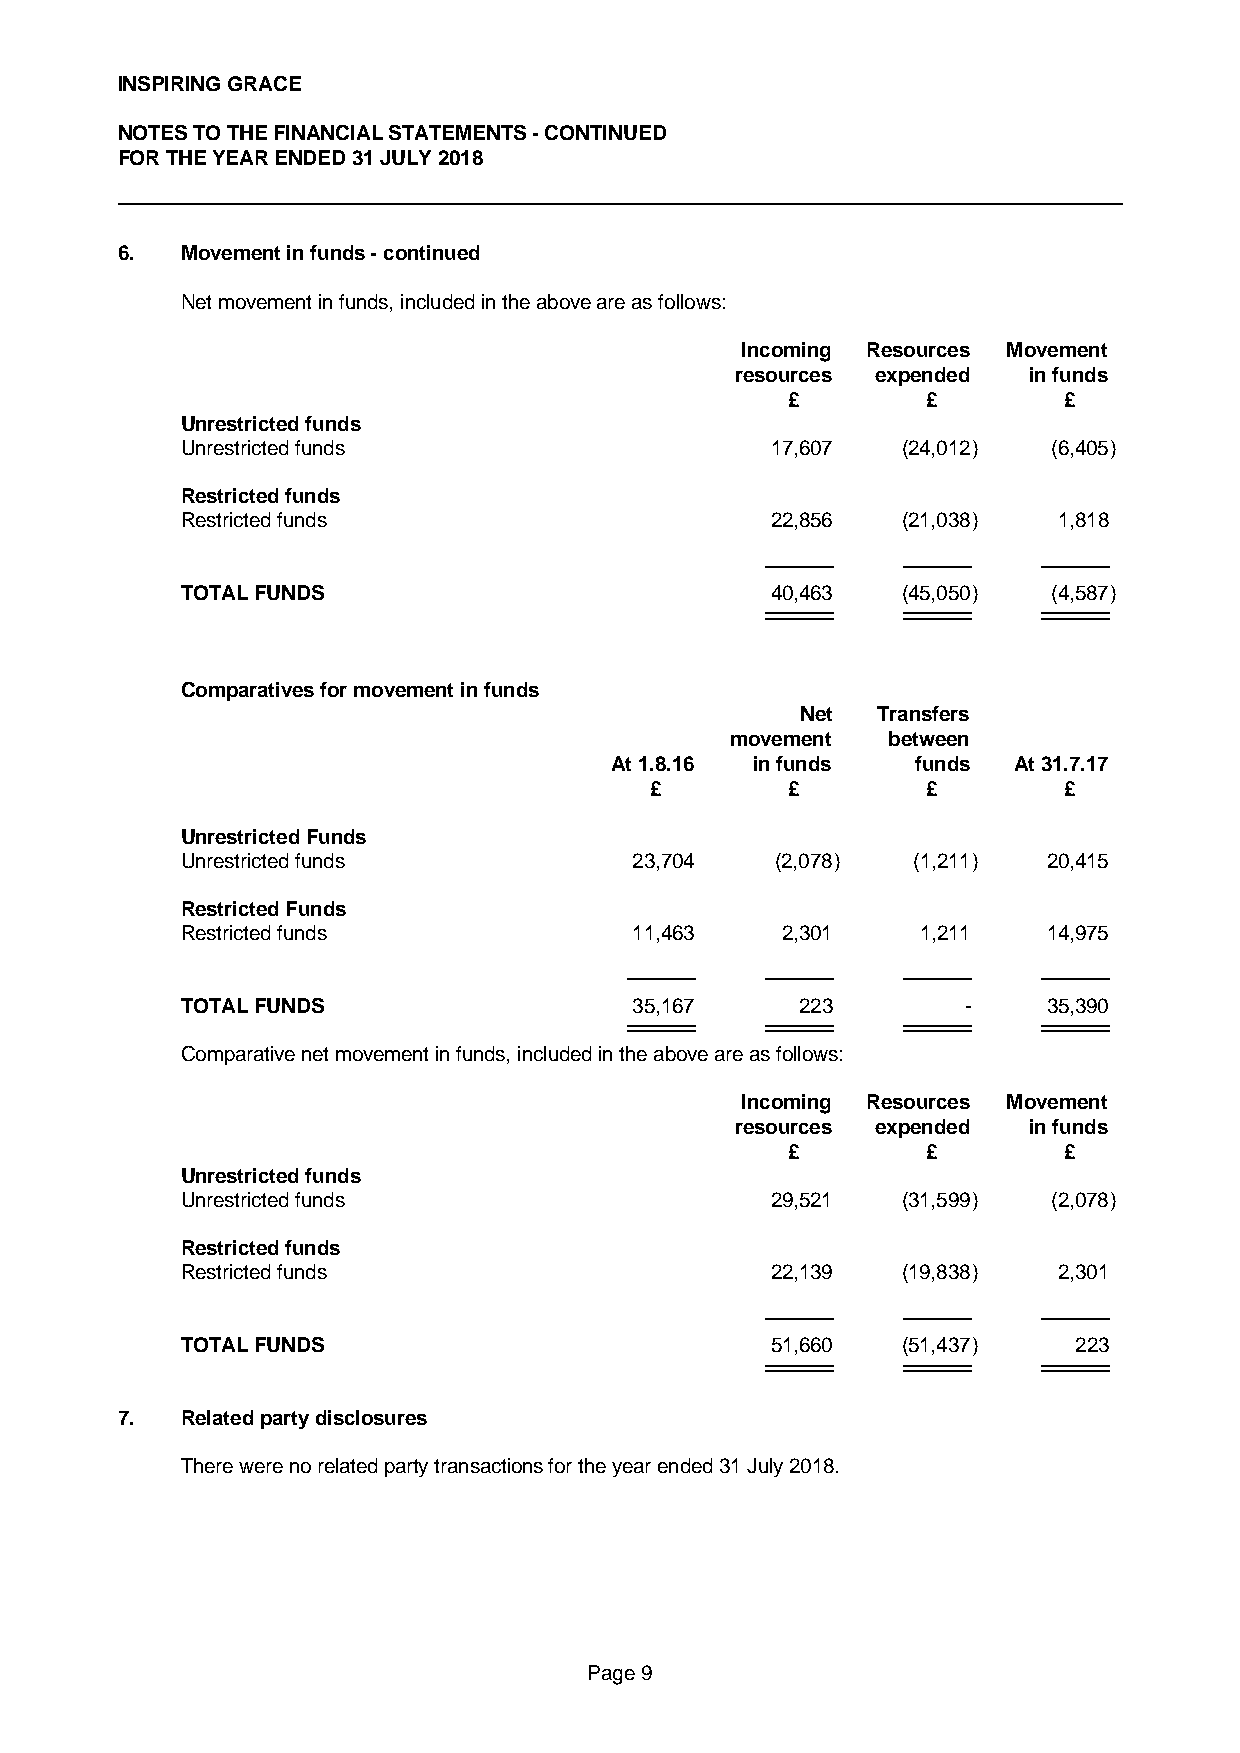
INSPIRING GRACE
 NOTES TO THE FINANCIAL STATEMENTS - CONTINUED
 FOR THE YEAR ENDED 31 JULY 2018
 6.  Movement in funds - continued
 Net movement in funds, included in the above are as follows:
 Incoming Resources Movement
 resources expended in funds
 £        £        £
 Unrestricted funds
 Unrestricted funds                     17,607   (24,012)  (6,405)
 Restricted funds
 Restricted funds                       22,856   (21,038)  1,818
 TOTAL FUNDS                            40,463   (45,050)  (4,587)
 Comparatives for movement in funds
 Net  Transfers
 movement   between
 At 1.8.16 in funds   funds At 31.7.17
 £        £        £        £
 Unrestricted Funds
 Unrestricted funds            23,704   (2,078)  (1,211)  20,415
 Restricted Funds
 Restricted funds              11,463    2,301    1,211   14,975
 TOTAL FUNDS                   35,167     223        -    35,390
 Comparative net movement in funds, included in the above are as follows:
 Incoming Resources Movement
 resources expended in funds
 £        £        £
 Unrestricted funds
 Unrestricted funds                     29,521   (31,599)  (2,078)
 Restricted funds
 Restricted funds                       22,139   (19,838)  2,301
 TOTAL FUNDS                            51,660   (51,437)   223
 7.  Related party disclosures
 There were no related party transactions for the year ended 31 July 2018.
 Page 9